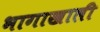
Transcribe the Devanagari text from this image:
भागाखाली